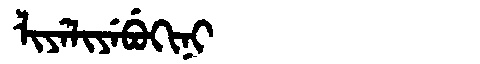
Manchu: ᠯᡳᠶᡝᠯᡳᠶᡝᠪᡠᡴᡳᠨᡳ
Romanization: LIYELIYEBUKINI